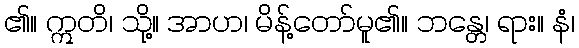
၏။ ဣတိ၊ သို့။ အာဟ၊ မိန့်တော်မူ၏။ ဘန္တေ၊ ရား။ နံ၊